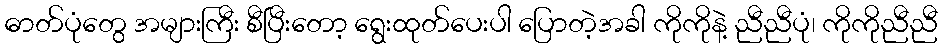
ဓာတ်ပုံတွေ အများကြီး စီပြီးတော့ ရွေးထုတ်ပေးပါ ပြောတဲ့အခါ ကိုကိုနဲ့ ညီညီပုံ၊ ကိုကိုညီညီ